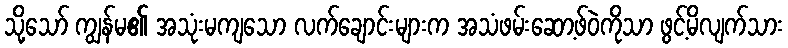
သို့သော် ကျွန်မ၏ အသုံးမကျသော လက်ချောင်းများက အသံဖမ်းဆော့ဖ်ဝဲကိုသာ ဖွင့်မိလျက်သား